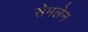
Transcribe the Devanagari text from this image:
सेमलेन